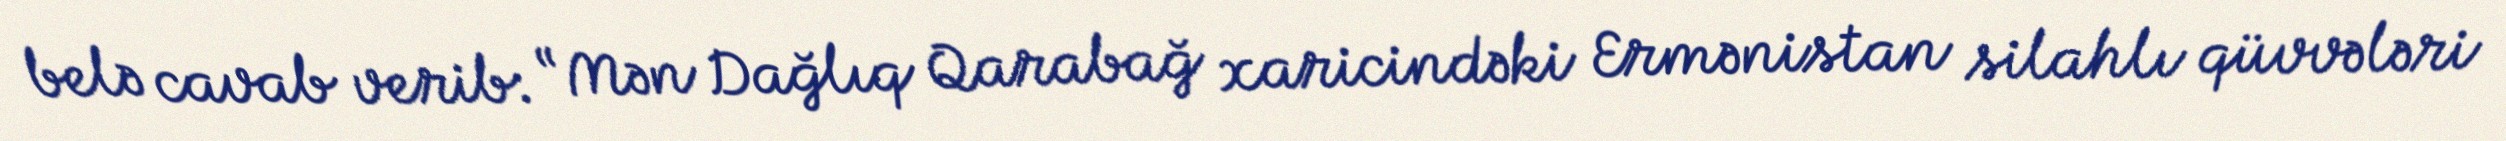
belə cavab verib: “Mən Dağlıq Qarabağ xaricindəki Ermənistan silahlı qüvvələri